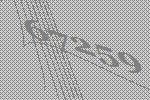
67259